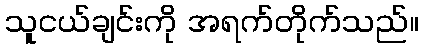
သူငယ်ချင်းကို အရက်တိုက်သည်။